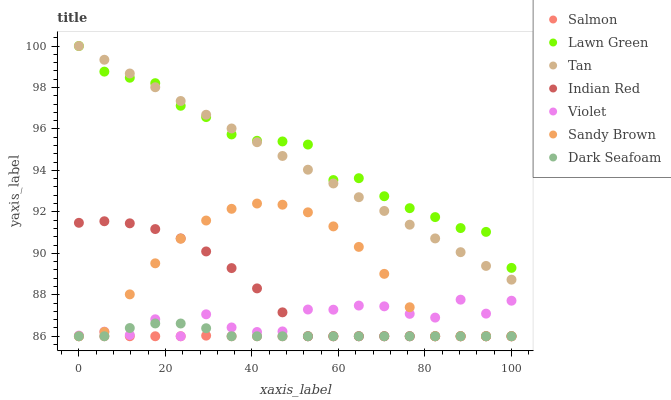
| xaxis_label | Salmon | Lawn Green | Tan | Indian Red | Violet | Sandy Brown | Dark Seafoam |
 | --- | --- | --- | --- | --- | --- | --- | --- |
 | 0 | 86 | 100 | 100 | 91.5 | 86 | 86 | 86 |
 | 5.88 | 86 | 98.8 | 99.3 | 91.5 | 86.2 | 86.2 | 86 |
 | 11.8 | 86 | 98.5 | 98.7 | 91.4 | 86.1 | 88 | 86.4 |
 | 17.6 | 86 | 98.2 | 98 | 91.2 | 86.8 | 89.5 | 86.6 |
 | 23.5 | 86 | 97.1 | 97.3 | 90.7 | 86 | 90.7 | 86.6 |
 | 29.4 | 86 | 96.6 | 96.7 | 90.1 | 87.1 | 91.6 | 86.4 |
 | 35.3 | 86 | 95.7 | 96 | 89.3 | 86.4 | 92.1 | 86 |
 | 41.2 | 86 | 95.4 | 95.4 | 88.3 | 86.2 | 92.4 | 86 |
 | 47.1 | 86 | 95.4 | 94.7 | 87.2 | 86.2 | 92.3 | 86 |
 | 52.9 | 86 | 95.2 | 94 | 86 | 87.3 | 92 | 86 |
 | 58.8 | 86 | 93.5 | 93.4 | 86 | 87.3 | 91.3 | 86 |
 | 64.7 | 86 | 93.6 | 92.7 | 86 | 87.5 | 90.3 | 86 |
 | 70.6 | 86 | 92.8 | 92 | 86 | 87.4 | 89 | 86 |
 | 76.5 | 86 | 92.2 | 91.4 | 86 | 87.1 | 87.4 | 86 |
 | 82.4 | 86 | 91.7 | 90.7 | 86 | 86.9 | 86 | 86 |
 | 88.2 | 86 | 91.2 | 90.1 | 86 | 87.8 | 86 | 86 |
 | 94.1 | 86 | 91 | 89.4 | 86 | 87.1 | 86 | 86 |
 | 100 | 86 | 89.3 | 88.7 | 86 | 87.7 | 86 | 86 |